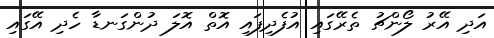
އަދި އޭރު ލޯންޗު ތެރޭގައި އުފެދިފައި އޮތް އޮލަ ދުންގަނޑާ ހެދި އޭގައި